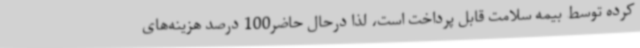
کرده توسط بیمه سلامت قابل پرداخت است، لذا درحال حاضر100 درصد هزینه‌های